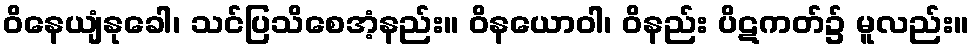
ဝိနေယျံနုခေါ၊ သင်ပြသိစေအံ့နည်း။ ဝိနယောဝါ၊ ဝိနည်း ပိဋကတ်၌ မူလည်း။